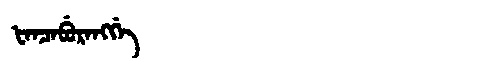
Manchu: ᡶᠠᠨᠴᠠᠪᡠᡵᠠᠩᡤᡝ
Romanization: FANCABURANGGE